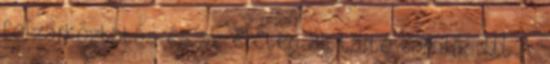
felzárkóztatás és az életen át tartó tanulás LLL A